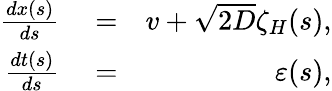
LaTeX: \begin{array}{rlr}{\frac{dx(s)}{ds}}&{{}=}&{v+\sqrt{2D}\zeta_{H}(s),}\\ {\frac{dt(s)}{ds}}&{{}=}&{\varepsilon(s),}\end{array}